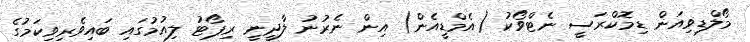
މޯލްޑިވިއަން ޑިމޮކްރަސީ ނެޓްވޯކު (އެމްޑީއެން) އިން ނެރުނު ލާދީނީ ރިޕޯޓު ލިއުމުގައި ބައިވެރިވިކަމުގެ